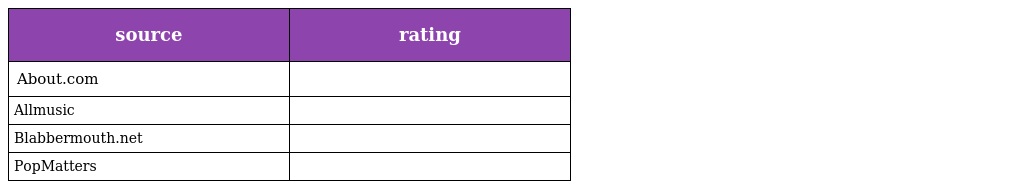
| source | rating |
 | --- | --- |
 | About.com |  |
 | Allmusic |  |
 | Blabbermouth.net |  |
 | PopMatters |  |